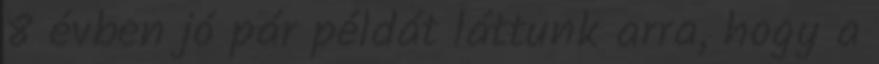
8 évben jó pár példát láttunk arra, hogy a